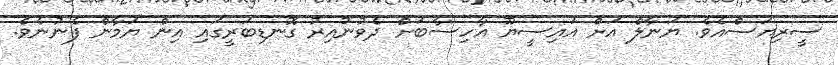
ސީރިޔަސްއެވެ. ޔަނާލް އަށް އައިސީޔޫ އާހިސާބަށް ދެވުނުއިރު ގޮނޑިބަރީގައި އިން ޔަމާން ފެނުނެވެ.